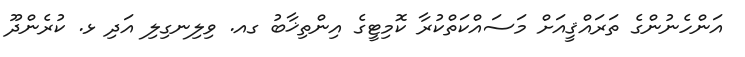
އަންހެނުންގެ ތަރައްޤީއަށް މަސައްކަތްކުރާ ކޮމިޓީގެ އިންތިޚާބު ގއ. ވިލިނގިލި އަދި ޅ. ކުރެންދޫ